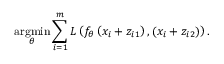
\underset { \theta } { \operatorname { a r g m i n } } \sum _ { i = 1 } ^ { m } L \left( f _ { \theta } \left( x _ { i } + z _ { i 1 } \right) , ( x _ { i } + z _ { i 2 } ) \right) .